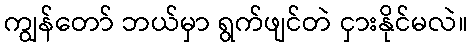
ကျွန်တော် ဘယ်မှာ ရွက်ဖျင်တဲ ငှားနိုင်မလဲ။